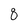
Character: 8